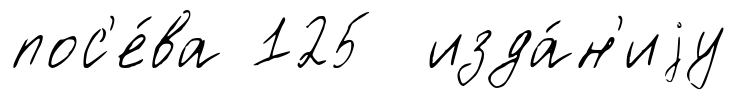
пос'е́ва 125 изда́н'иjу